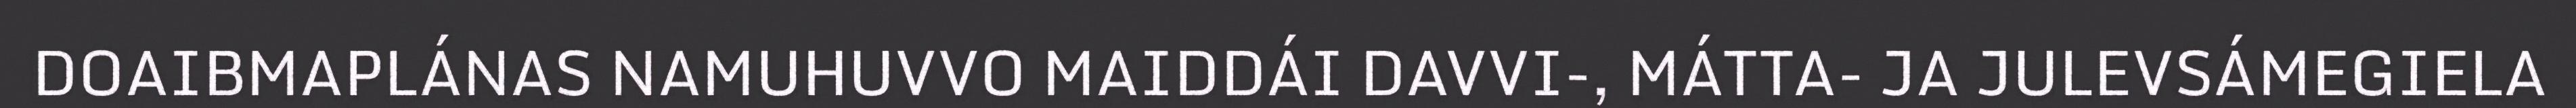
DOAIBMAPLÁNAS NAMUHUVVO MAIDDÁI DAVVI-, MÁTTA- JA JULEVSÁMEGIELA